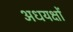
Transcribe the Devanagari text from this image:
अधयक्षों